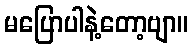
မပြောပါနဲ့တော့ဗျာ။